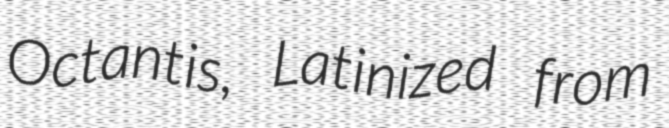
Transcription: Octantis, Latinized from